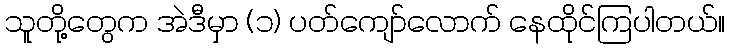
သူတို့တွေက အဲဒီမှာ (၁) ပတ်ကျော်လောက် နေထိုင်ကြပါတယ်။